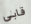
قابلي